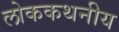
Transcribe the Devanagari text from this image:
लोककथनीय